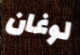
لوغان